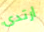
ارتدى